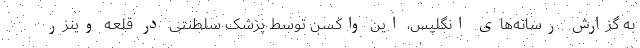
به گزارش رسانه‌های انگلیس، این واکسن توسط پزشک سلطنتی در قلعه وینزر